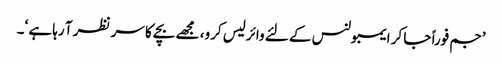
’جم فوراً جا کر ایمبولنس کے لئے وائرلیس کرو، مجھے بچے کا سر نظر آ رہا ہے ‘۔